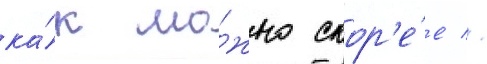
ка́к мо́жно скор'е́е //